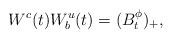
LaTeX: \begin{align*}W^c(t)W^u_b(t)=(B^\phi_t)_+,\end{align*}